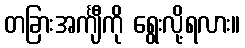
တခြားအင်္ကျီကို ရွေးလို့ရလား။